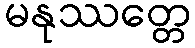
မနုဿတ္တေ